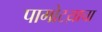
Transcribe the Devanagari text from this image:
पागोटय़ाचा